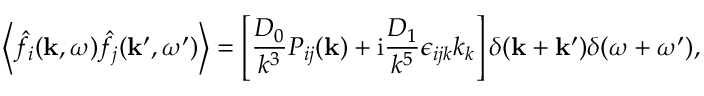
\left\langle \hat { f } _ { i } ( \mathbf { k } , \omega ) \hat { f } _ { j } ( \mathbf { k } ^ { \prime } , \omega ^ { \prime } ) \right\rangle = \left[ \frac { D _ { 0 } } { k ^ { 3 } } P _ { i j } ( \mathbf { k } ) + \mathrm { i } \frac { D _ { 1 } } { k ^ { 5 } } \epsilon _ { i j k } k _ { k } \right] \delta ( \mathbf { k } + \mathbf { k } ^ { \prime } ) \delta ( \omega + \omega ^ { \prime } ) ,